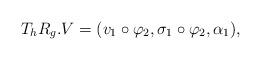
LaTeX: \begin{align*} T_{h}R_{g}.V = (v_{1} \circ\varphi_{2},\sigma_{1} \circ\varphi_{2},\alpha_{1}),\end{align*}